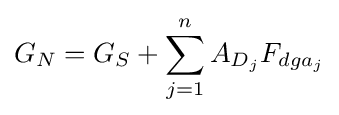
G_{N}=G_{S}+\sum _{j=1}^{n}A_{D_{j}}F_{dga_{j}}